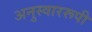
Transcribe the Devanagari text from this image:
अनुस्वाररूपी